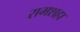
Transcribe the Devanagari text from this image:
रामशहा